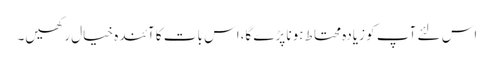
اس لئے آپ کو زیادہ محتاط ہونا پڑے گا،اس بات کا آئندہ خیال رکھیں۔